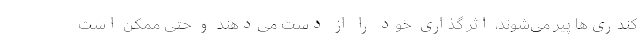
کندری‌ها پیر می‌شوند، اثر گذاری خود را از دست می‌دهند و حتی ممکن است